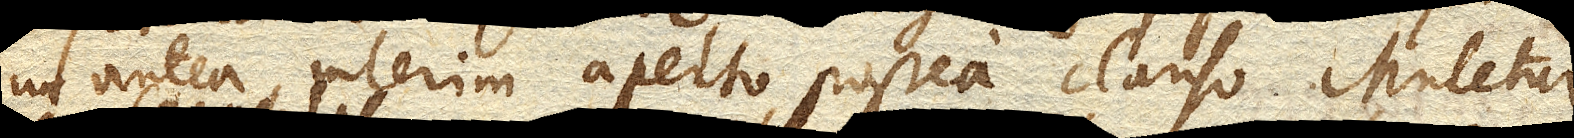
ut antea, interim aperto, postea clauso. Mutetur